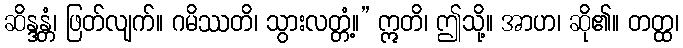
ဆိန္ဒန္တံ၊ ဖြတ်လျက်။ ဂမိဿတိ၊ သွားလတ္တံ့။” ဣတိ၊ ဤသို့။ အာဟ၊ ဆို၏။ တတ္ထ၊